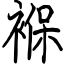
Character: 褓